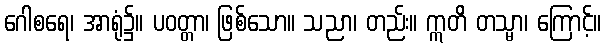
ဂေါစရေ၊ အာရုံ၌။ ပဝတ္တာ၊ ဖြစ်သော။ သညာ၊ တည်း။ ဣတိ တသ္မာ၊ ကြောင့်။